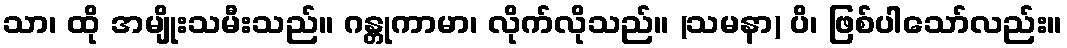
သာ၊ ထို အမျိုးသမီးသည်။ ဂန္တုကာမာ၊ လိုက်လိုသည်။ (သမနာ) ပိ၊ ဖြစ်ပါသော်လည်း။